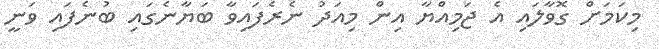
މިކަމަށް ގޮވާލައި އެ ޖަމިއްޔާ އިން މިއަދު ނެރެފައިވާ ބަޔާނެގައި ބުނެފައި ވަނީ